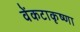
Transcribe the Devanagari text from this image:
वेंकटाकृष्णा